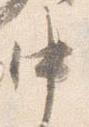
中